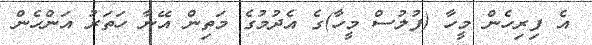
އެ ފިރިހެން މީހާ (ފުލުސް މީހާ)ގެ އެދުމުގެ މަތިން އޭނާ ހަތަރު އަންހެން